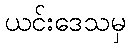
ယင်းဒေသမှ